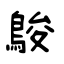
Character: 鵔